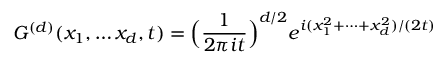
G ^ { ( d ) } ( x _ { 1 } , \dots x _ { d } , t ) = \Big ( \frac { 1 } { 2 \pi i t } \Big ) ^ { d / 2 } e ^ { i ( x _ { 1 } ^ { 2 } + \dots + x _ { d } ^ { 2 } ) / ( 2 t ) }